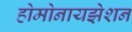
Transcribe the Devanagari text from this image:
होमोनायझेशन